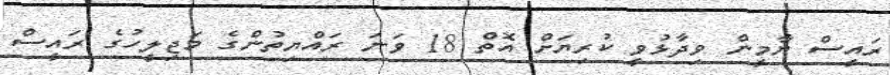
ރައީސް ޔާމީން ވިދާޅުވީ ކުރިޔަށް އޮތް 18 ވަނަ ރައްޔިތުންގެ މަޖިލީހުގެ ރައީސް